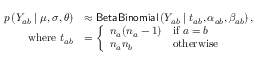
\begin{array} { r l } { p \left( Y _ { a b } \mid \mu , \sigma , \theta \right) } & { \approx \mathsf { B e t a B i n o m i a l } \left( Y _ { a b } \mid t _ { a b } , \alpha _ { a b } , \beta _ { a b } \right) , } \\ { \mathrm { w h e r e ~ } t _ { a b } } & { = \left\{ \begin{array} { l l } { n _ { a } ( n _ { a } - 1 ) } & { \mathrm { i f ~ } a = b } \\ { n _ { a } n _ { b } } & { \mathrm { o t h e r w i s e } } \end{array} \right. } \end{array}